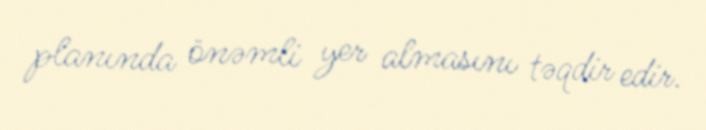
planında önəmli yer almasını təqdir edir.